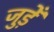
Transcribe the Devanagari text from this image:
जुड़ेँ